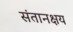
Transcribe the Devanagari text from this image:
संतानक्षय